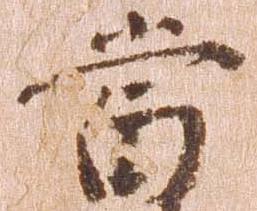
当